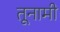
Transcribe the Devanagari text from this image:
तूनामी